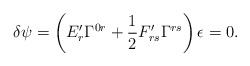
\begin{align*}\delta\psi=\left(E'_r\Gamma^{0r}+\frac{1}{2}F'_{rs}\Gamma^{rs}\right)\epsilon=0.\end{align*}